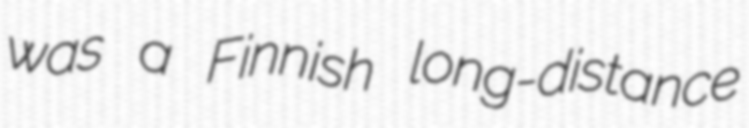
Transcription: was a Finnish long-distance